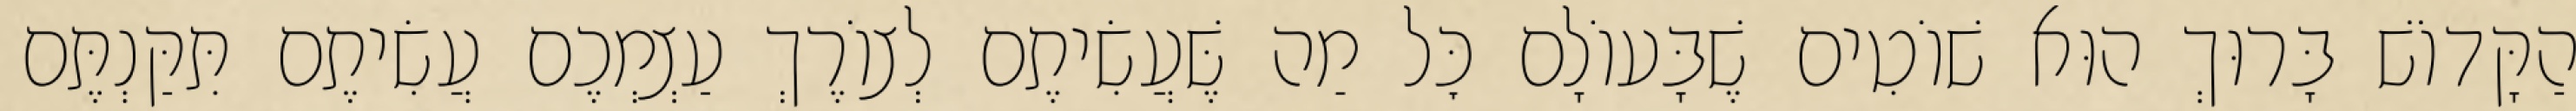
הַקָּדוֹשׁ בָּרוּךְ הוּא שׁוֹטִים שֶׁבָּעוֹלָם כׇּל מַה שֶּׁעֲשִׂיתֶם לְצוֹרֶךְ עַצְמְכֶם עֲשִׂיתֶם תִּקַּנְתֶּם